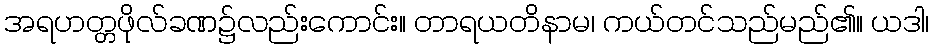
အရဟတ္တဖိုလ်ခဏ၌လည်းကောင်း။ တာရယတိနာမ၊ ကယ်တင်သည်မည်၏။ ယဒါ၊